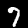
Digit: 7